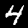
Label: 4